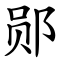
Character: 郧